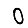
Digit: 0